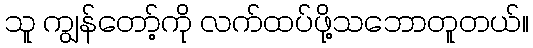
သူ ကျွန်တော့်ကို လက်ထပ်ဖို့သဘောတူတယ်။